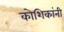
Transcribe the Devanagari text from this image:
कोशिकांनी